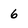
Character: 6